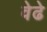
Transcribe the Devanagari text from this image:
वेढे